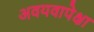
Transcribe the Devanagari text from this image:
अवयवापेक्षा